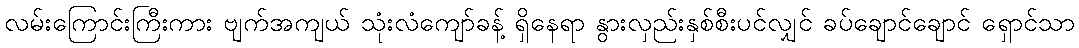
လမ်းကြောင်းကြီးကား ဗျက်အကျယ် သုံးလံကျော်ခန့် ရှိနေရာ နွားလှည်းနှစ်စီးပင်လျှင် ခပ်ချောင်ချောင် ရှောင်သာ